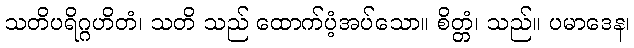
သတိပရိဂ္ဂဟိတံ၊ သတိ သည် ထောက်ပံ့အပ်သော။ စိတ္တံ၊ သည်။ ပမာဒေန၊